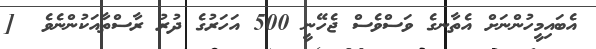
އެބައިމީހުންނަށް އެތާނގެ ވަސްވެސް ޖެހޭނީ 500 އަހަރުގެ ދުރު ރާސްތާއަކުންނެވެ  [